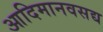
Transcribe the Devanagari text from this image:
आदिमानवसद्य